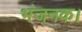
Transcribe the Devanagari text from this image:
भंजनक।